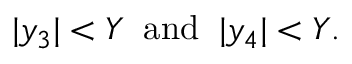
| y _ { 3 } | < Y \; \; \mathrm { a n d } \; \; | y _ { 4 } | < Y .